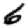
Digit: 6